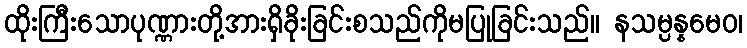
ထိုးကြီးသောပုဏ္ဏားတို့အားရှိခိုးခြင်းစသည်ကိုမပြုခြင်းသည်။ နသမ္ပန္နမေဝ၊